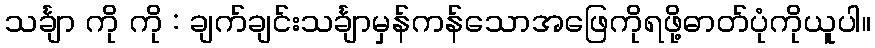
သင်္ချာ ကို ကို : ချက်ချင်းသင်္ချာမှန်ကန်သောအဖြေကိုရဖို့ဓာတ်ပုံကိုယူပါ။